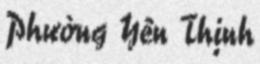
Phường Yên Thịnh